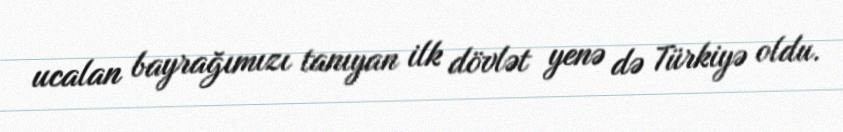
ucalan bayrağımızı tanıyan ilk dövlət yenə də Türkiyə oldu.